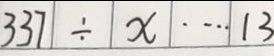
3 3 7 \div x \cdots 1 3